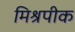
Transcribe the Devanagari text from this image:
मिश्रपीक